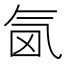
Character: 𣱜